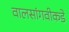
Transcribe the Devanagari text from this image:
वालसांगवीकडे